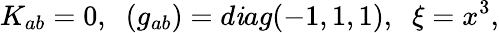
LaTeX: K_{ab}=0,\; \; (g_{ab})=d\mathit{i}ag(-1,1,1),\; \; \xi=x^{3},